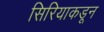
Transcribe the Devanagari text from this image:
सिरियाकडून